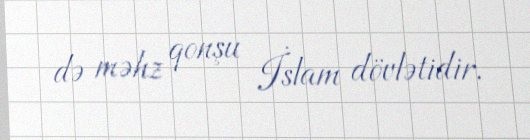
də məhz qonşu İslam dövlətidir.